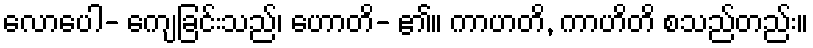
လောပေါ- ကျေခြင်းသည်၊ ဟောတိ- ၏။ ကာဟတိ, ကာဟိတိ စသည်တည်း။